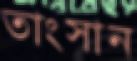
তাংসান